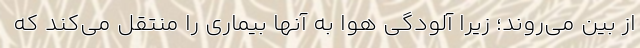
از بین می‌روند؛ زیرا آلودگی هوا به آنها بیماری را منتقل می‌کند که